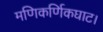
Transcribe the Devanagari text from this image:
मणिकर्णिकघाट।